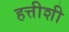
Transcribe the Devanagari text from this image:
हत्तीशी